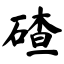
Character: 碴